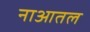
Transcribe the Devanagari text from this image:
नाआतल